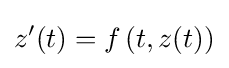
z'(t)=f\left(t,z(t)\right)